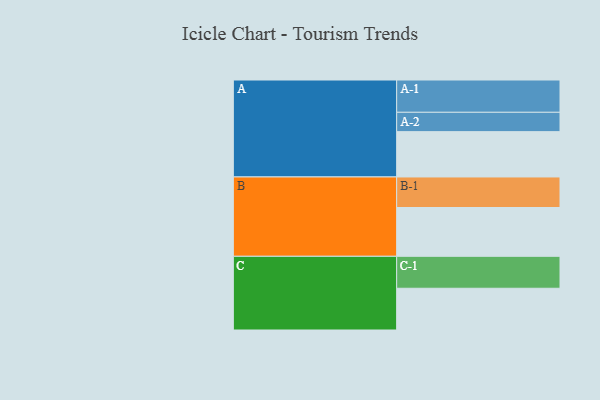
{"axis": {"x": "Segment", "y": "Value"}, "legend": ["", "A", "B", "C"], "data": [{"x": "A", "y": 417, "type": ""}, {"x": "B", "y": 449, "type": ""}, {"x": "C", "y": 384, "type": ""}, {"x": "A-1", "y": 297, "type": "A"}, {"x": "A-2", "y": 178, "type": "A"}, {"x": "B-1", "y": 281, "type": "B"}, {"x": "C-1", "y": 294, "type": "C"}]}